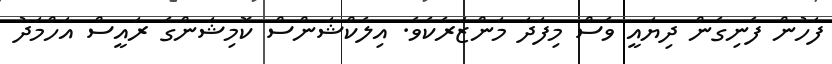
ފަހުން ފެނިގެން ދިޔައީ ވެސް މިފަދަ މަންޒަރެކެވެ. އިލެކްޝަންސް ކޮމިޝަންގެ ރައީސް އަހްމަދު